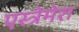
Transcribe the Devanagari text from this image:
एस्त्रेमेरा